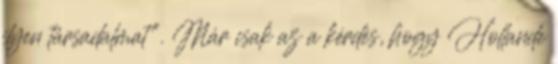
ilyen társadalmat". Már csak az a kérdés, hogy Hollande